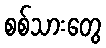
စစ်သားတွေ